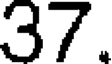
37.